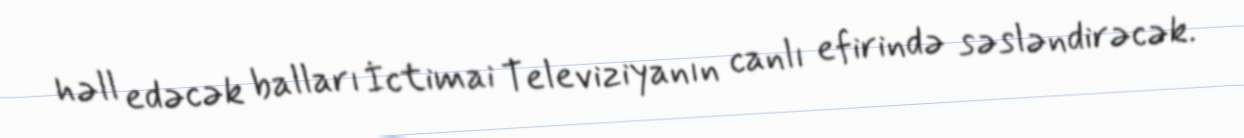
həll edəcək balları İctimai Televiziyanın canlı efirində səsləndirəcək.